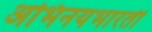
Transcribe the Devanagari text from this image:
अभिनयभारती